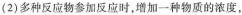
(2)多种反应物参加反应时，增加一种物质的浓度，